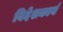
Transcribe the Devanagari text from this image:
विदेशकार्य